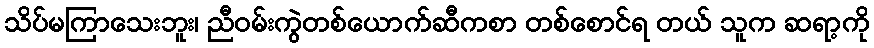
သိပ်မကြာသေးဘူး၊ ညီဝမ်းကွဲတစ်ယောက်ဆီကစာ တစ်စောင်ရ တယ် သူက ဆရာ့ကို